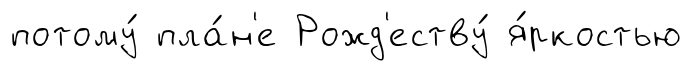
потому́ пла́н'е Рожд'еству́ я́ркостью